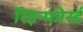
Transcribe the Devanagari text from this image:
रिइन्फोर्स्ड